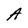
Character: A